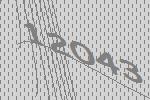
12043